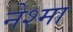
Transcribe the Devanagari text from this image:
नेश्मा